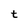
Character: t